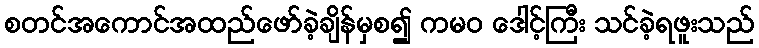
စတင်အကောင်အထည်ဖော်ခဲ့ချိန်မှစ၍ ကမဝ ဒေါင့်ကြီး သင်ခဲ့ရဖူးသည်